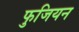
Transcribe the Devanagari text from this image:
फुजियन